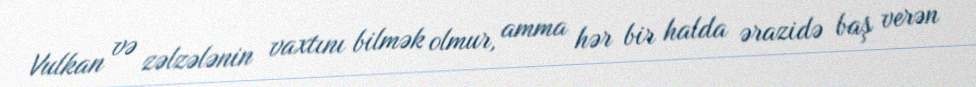
Vulkan və zəlzələnin vaxtını bilmək olmur, amma hər bir halda ərazidə baş verən